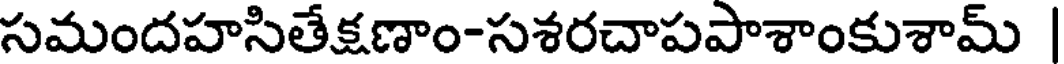
సమందహసితేక్షణాం-సశరచాపపాశాంకుశామ్